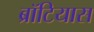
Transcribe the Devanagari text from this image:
ब्रॉटियास